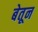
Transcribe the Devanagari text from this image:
बेतून